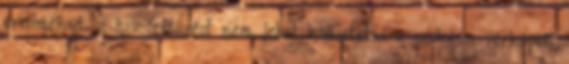
eredményt. a hiv-fertőzést nem lehet kimutatni a szokásos vérképből